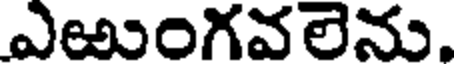
ఎఱుంగవలెను.